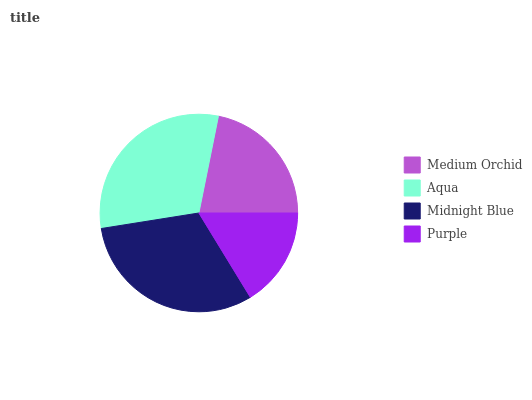
| Medium Orchid | Aqua | Midnight Blue | Purple |
 | --- | --- | --- | --- |
 | 21.8% | 30.7% | 31.2% | 16.2% |